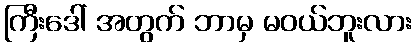
ကြီးဒေါ် အတွက် ဘာမှ မဝယ်ဘူးလား